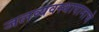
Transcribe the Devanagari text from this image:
जलव्यवस्थापानाचे